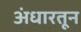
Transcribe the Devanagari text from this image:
अंधारतून